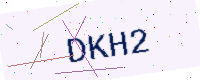
Text: DKH2